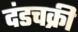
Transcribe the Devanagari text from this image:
दंडचक्री